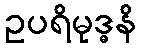
ဥပရိမုဒ္ဓနိ